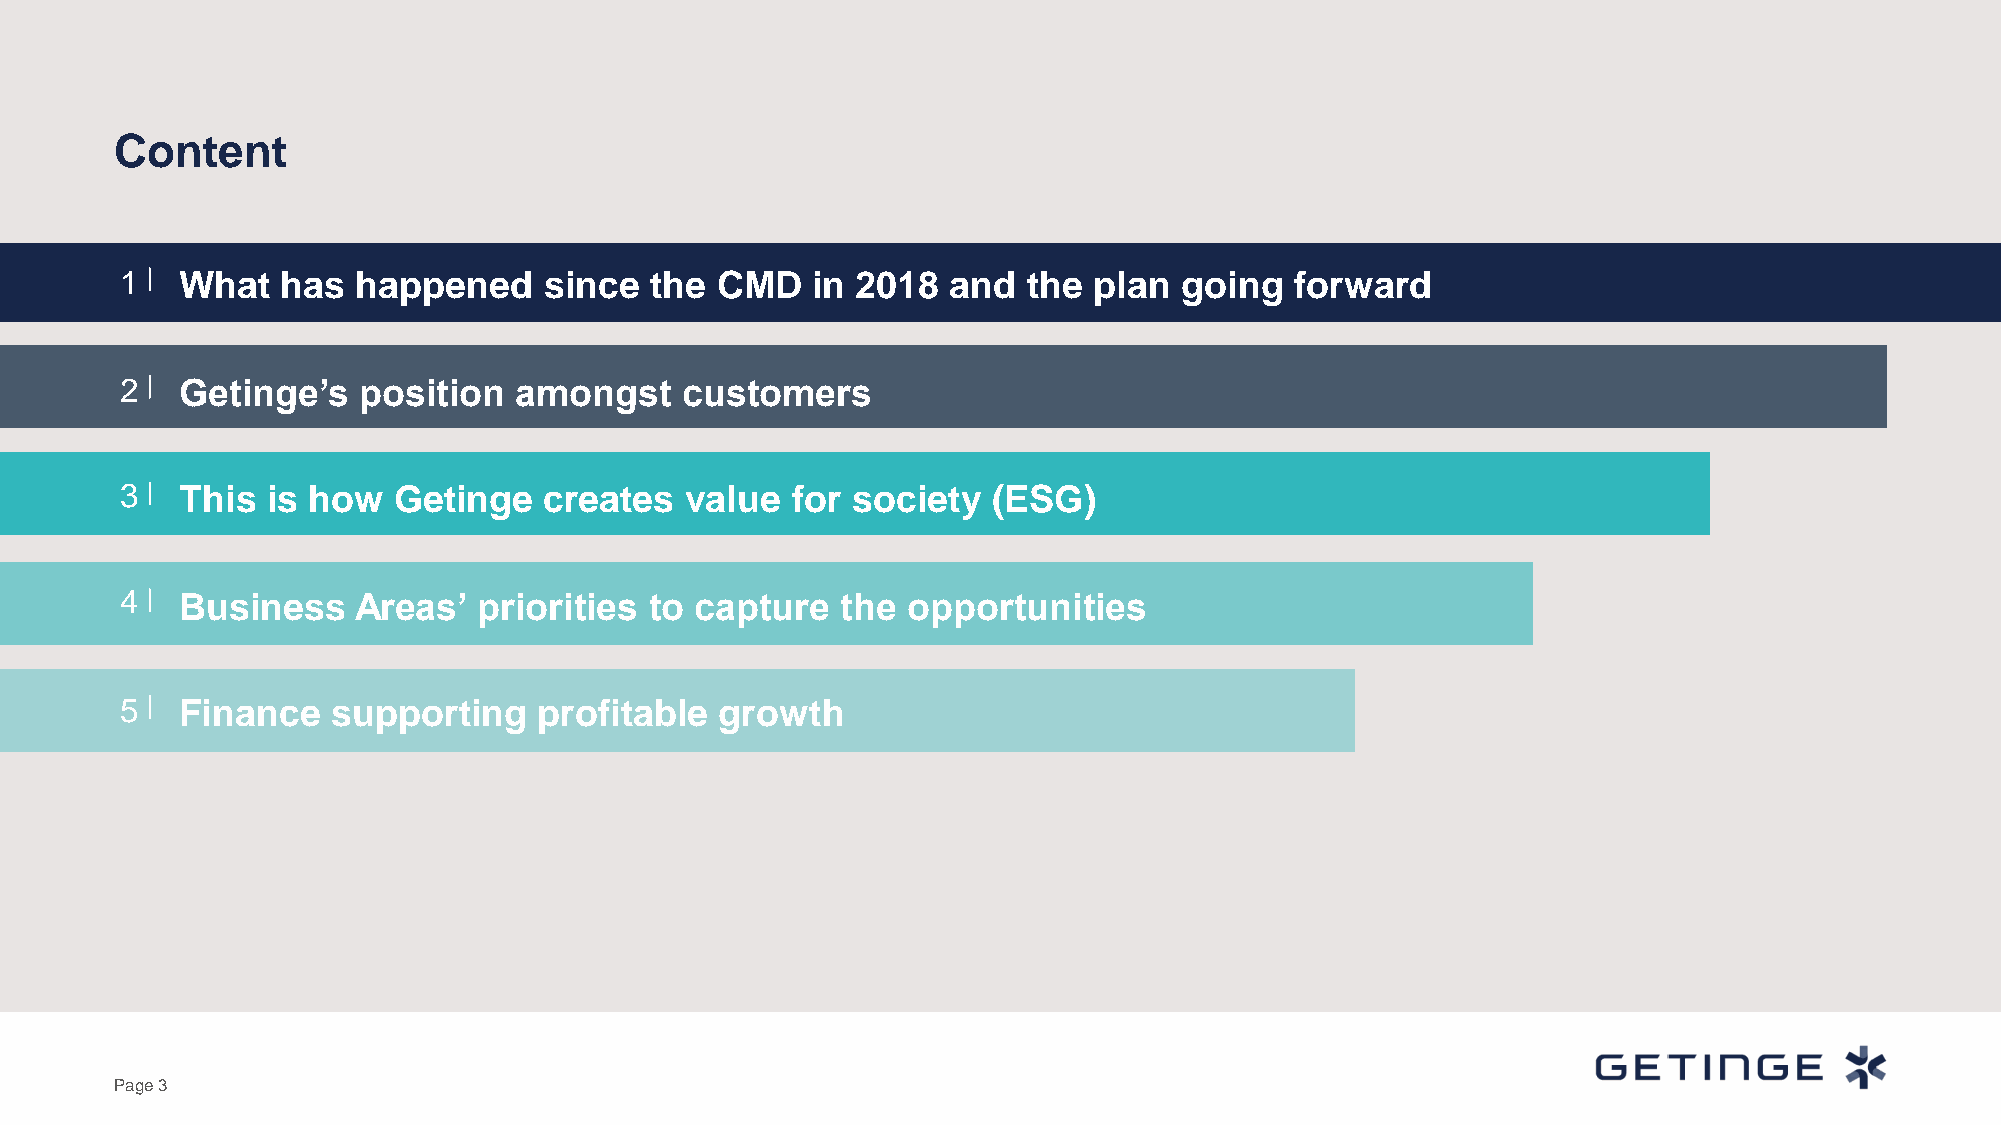
Content
 1   What   has  happened    since  the CMD    in 2018  and  the plan  going   forward
 2   Getinge’s   position  amongst    customers
 3   This  is how  Getinge   creates  value  for society   (ESG)
 4   Business   Areas’   priorities to capture   the opportunities
 5   Finance   supporting    profitable  growth
 Page 3